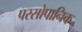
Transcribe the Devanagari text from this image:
परसोपानिक